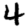
Digit: 4